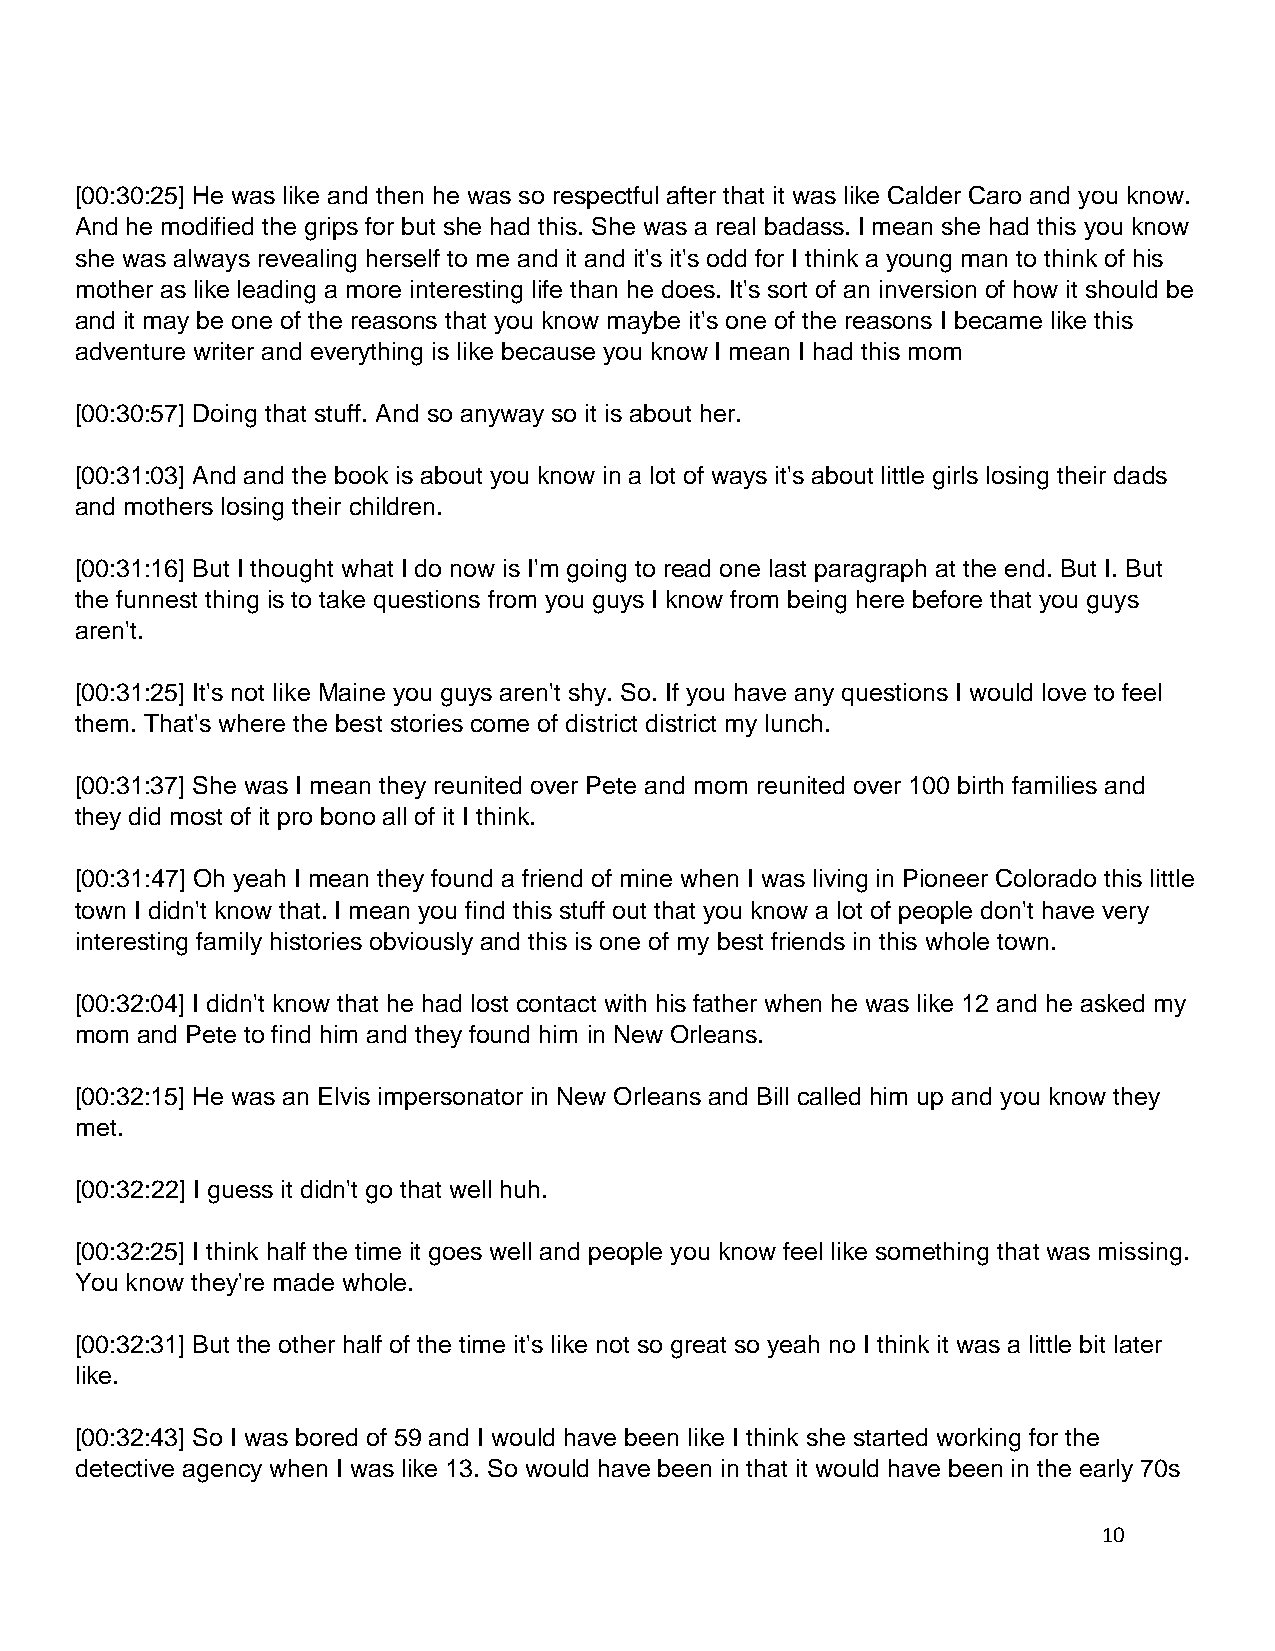
[00:30:25] He was like and then he was so respectful after that it was like Calder Caro and you know.
 And he modified the grips for but she had this. She was a real badass. I mean she had this you know
 she was always revealing herself to me and it and it's it's odd for I think a young man to think of his
 mother as like leading a more interesting life than he does. It's sort of an inversion of how it should be
 and it may be one of the reasons that you know maybe it's one of the reasons I became like this
 adventure writer and everything is like because you know I mean I had this mom
 [00:30:57] Doing that stuff. And so anyway so it is about her.
 [00:31:03] And and the book is about you know in a lot of ways it's about little girls losing their dads
 and mothers losing their children.
 [00:31:16] But I thought what I do now is I'm going to read one last paragraph at the end. But I. But
 the funnest thing is to take questions from you guys I know from being here before that you guys
 aren't.
 [00:31:25] It's not like Maine you guys aren't shy. So. If you have any questions I would love to feel
 them. That's where the best stories come of district district my lunch.
 [00:31:37] She was I mean they reunited over Pete and mom reunited over 100 birth families and
 they did most of it pro bono all of it I think.
 [00:31:47] Oh yeah I mean they found a friend of mine when I was living in Pioneer Colorado this little
 town I didn't know that. I mean you find this stuff out that you know a lot of people don't have very
 interesting family histories obviously and this is one of my best friends in this whole town.
 [00:32:04] I didn't know that he had lost contact with his father when he was like 12 and he asked my
 mom and Pete to find him and they found him in New Orleans.
 [00:32:15] He was an Elvis impersonator in New Orleans and Bill called him up and you know they
 met.
 [00:32:22] I guess it didn't go that well huh.
 [00:32:25] I think half the time it goes well and people you know feel like something that was missing.
 You know they're made whole.
 [00:32:31] But the other half of the time it's like not so great so yeah no I think it was a little bit later
 like.
 [00:32:43] So I was bored of 59 and I would have been like I think she started working for the
 detective agency when I was like 13. So would have been in that it would have been in the early 70s
 10